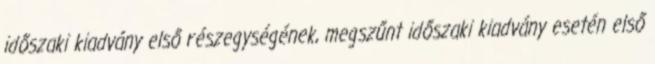
időszaki kiadvány első részegységének, megszűnt időszaki kiadvány esetén első